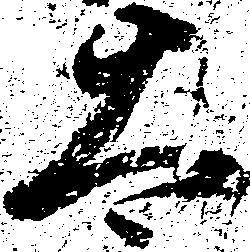
太